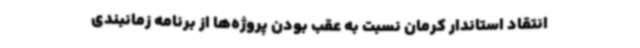
انتقاد استاندار کرمان نسبت به عقب بودن پروژه‌ها از برنامه زمانبندی